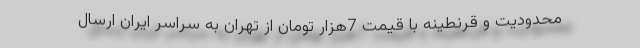
محدودیت و قرنطینه با قیمت 7هزار تومان از تهران به سراسر ایران ارسال